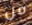
من